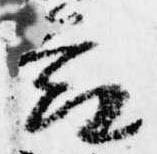
節